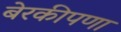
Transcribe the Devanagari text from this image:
बेरकीपणा